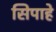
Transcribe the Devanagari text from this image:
सिपाहे